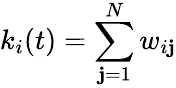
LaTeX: k_{i}(t)=\sum_{\mathbf{j}=1}^{N}w_{i\mathbf{j}}